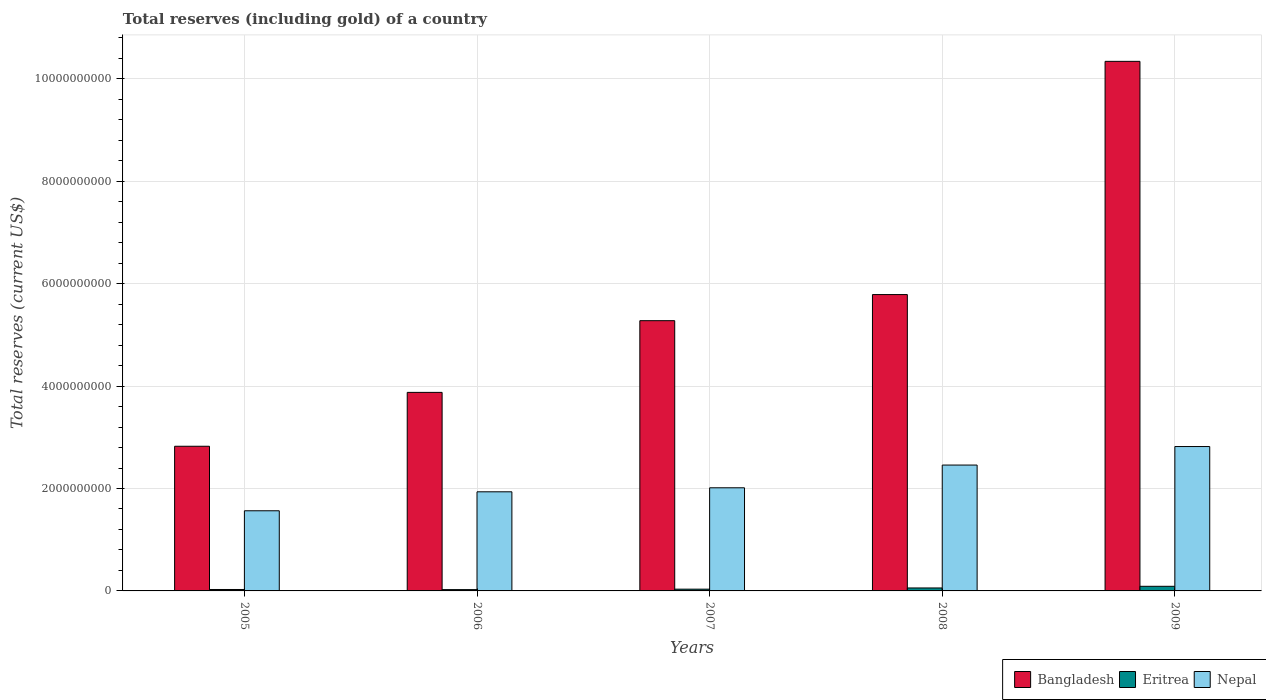
| Years | Bangladesh | Eritrea | Nepal |
 | --- | --- | --- | --- |
 | 2005 | 2.83e+09 | 2.79e+07 | 1.57e+09 |
 | 2006 | 3.88e+09 | 2.54e+07 | 1.94e+09 |
 | 2007 | 5.28e+09 | 3.43e+07 | 2.01e+09 |
 | 2008 | 5.79e+09 | 5.79e+07 | 2.46e+09 |
 | 2009 | 1.03e+10 | 9e+07 | 2.82e+09 |